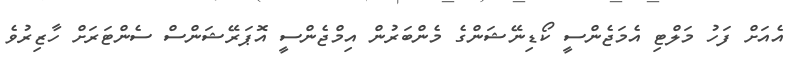
އެއަށް ފަހު މަލްޓި އެމަޖެންސީ ކޯޑިނޭޝަންގެ މެންބަރުން އިމްޖެންސީ އޮޕަރޭޝަންސް ސެންޓަރަށް ހާޒިރުވެ